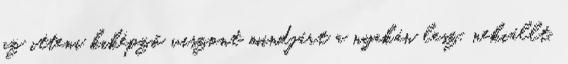
az itteni kiképző viszont mindjárt a nyakán lesz, nekiállt,